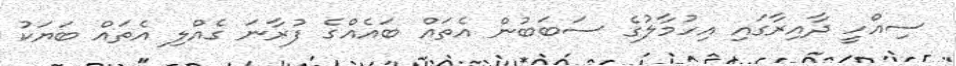
ސިއްހީ ދާއިރާގައި އިހުމާލުގެ ސަބަބުން އެތައް ބައެއްގެ ފުރާނަ ގެއްލި އެތައް ބަޔަކު